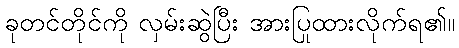
ခုတင်တိုင်ကို လှမ်းဆွဲပြီး အားပြုထားလိုက်ရ၏။